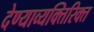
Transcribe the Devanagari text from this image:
देण्याव्यक्तिरिक्त